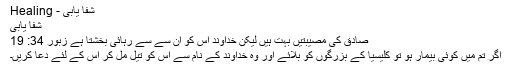
شفا یابی - Healing
شفا یابی
صادق کی مُصیبتیں بہت ہیں لیکن خُداوند اُس کو اُن سے سے رہائی بخشتا ہے زبُور 34: 19
اگر تُم میں کوئی بِیمار ہو تو کلِیسیا کے بُزُرگوں کو بُلائے اور وہ خُداوند کے نام سے اُس کو تیل مل کر اُس کے لِئے دُعا کریں۔